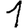
Digit: 1